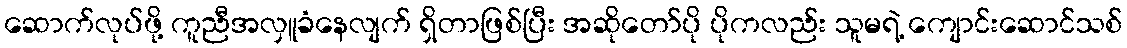
ဆောက်လုပ်ဖို့ ကူညီအလှူခံနေလျက် ရှိတာဖြစ်ပြီး အဆိုတော်ပို ပိုကလည်း သူမရဲ့ ကျောင်းဆောင်သစ်